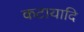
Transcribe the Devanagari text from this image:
कटायादि